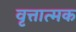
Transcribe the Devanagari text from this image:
वृत्तात्मक